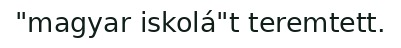
"magyar iskolá"t teremtett.